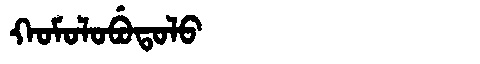
Manchu: ᡴᠣᠮᠣᠯᠣᠪᡠᡨᠣᠯᠣ
Romanization: KOMOLOBUTOLO